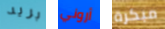
بريد أروني مبكرة